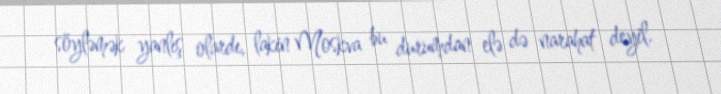
söyləmək yanlış olardı, lakin Moskva bu durumdan elə də narahat deyil.